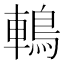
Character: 鿂